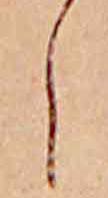
し